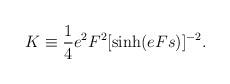
LaTeX: \begin{align*}K \equiv \frac{1}{4} e^{2}F^{2}[\sinh(eFs)]^{-2}.\end{align*}